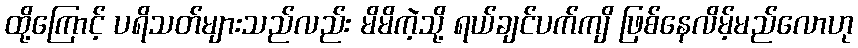
ထို့ကြောင့် ပရိသတ်များသည်လည်း မိမိကဲ့သို့ ရယ်ချင်ပက်ကျိ ဖြစ်နေလိမ့်မည်လောဟု